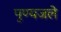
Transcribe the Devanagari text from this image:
पुण्यजले